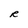
Character: R